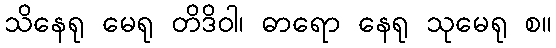
သိနေရု မေရု တိဒိဝါ၊ ဓာရော နေရု သုမေရု စ။